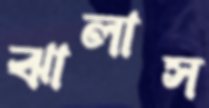
ঝালাস